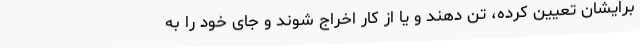
برایشان تعیین کرده، تن دهند و یا از کار اخراج شوند و جایِ خود را به